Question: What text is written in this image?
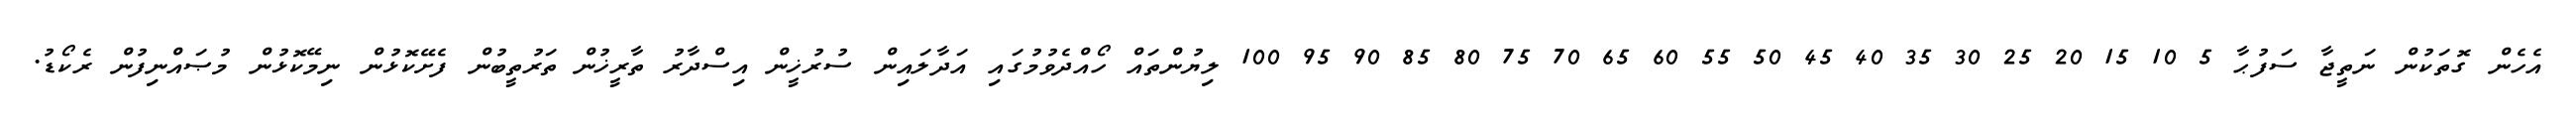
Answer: އެހެން ގޮތަކުން ނަތީޖާ ސަފުޙާ 5 10 15 20 25 30 35 40 45 50 55 60 65 70 75 80 85 90 95 100 ލިޔުންތައް ހޯއްދެވުމުގައި އަދާލައިން ސުރުޚީން އިސްދާރު ތާރީޚުން ތަރުތީބުން ފެށޭކޮޅުން ނިމޭކޮޅުން މުޞައްނިފުން ރެކޯޑު.